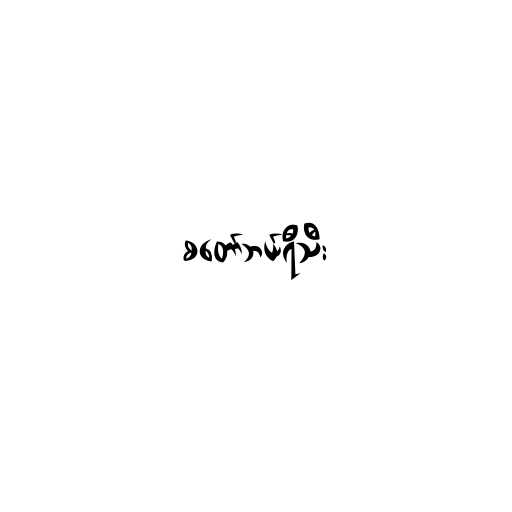
စတော်ဘယ်ရီသီး